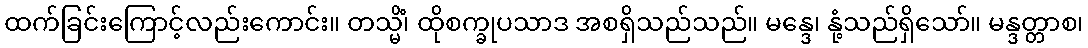
ထက်ခြင်းကြောင့်လည်းကောင်း။ တသ္မိံ၊ ထိုစက္ခုပသာဒ အစရှိသည်သည်။ မန္ဒေ၊ နုံ့သည်ရှိသော်။ မန္ဒတ္တာစ၊